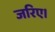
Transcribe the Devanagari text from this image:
जरिए।